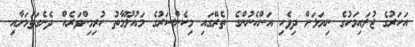
އަހަރުގެ ޖުލައިމަހުގެ ނިޔަލަށް ދިވެހި އަންހެނުންގެ ތެރޭގައި މިކެންސަރުގެ މައުލޫމާތު ހުރިމިންވަރެއް ދެނެގަތުމަށާއި